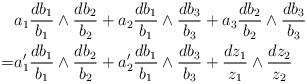
LaTeX: \begin{align*} & a_1 \frac{d b_1}{b_1} \wedge \frac{d b_2}{b_2}+a_2 \frac{d b_1}{b_1} \wedge \frac{d b_3 }{b_3} +a_3 \frac{d b_2}{b_2} \wedge \frac{db_3 }{b_3}\\=& a_1' \frac{d b_1}{b_1} \wedge \frac{d b_2}{b_2}+a_2' \frac{d b_1}{b_1} \wedge \frac{d b_3 }{b_3} + \frac{d z_1}{z_1} \wedge \frac{dz_2 }{z_2}\end{align*}